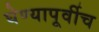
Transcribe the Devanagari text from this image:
घेण्यापूर्वीच